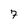
Character: 7